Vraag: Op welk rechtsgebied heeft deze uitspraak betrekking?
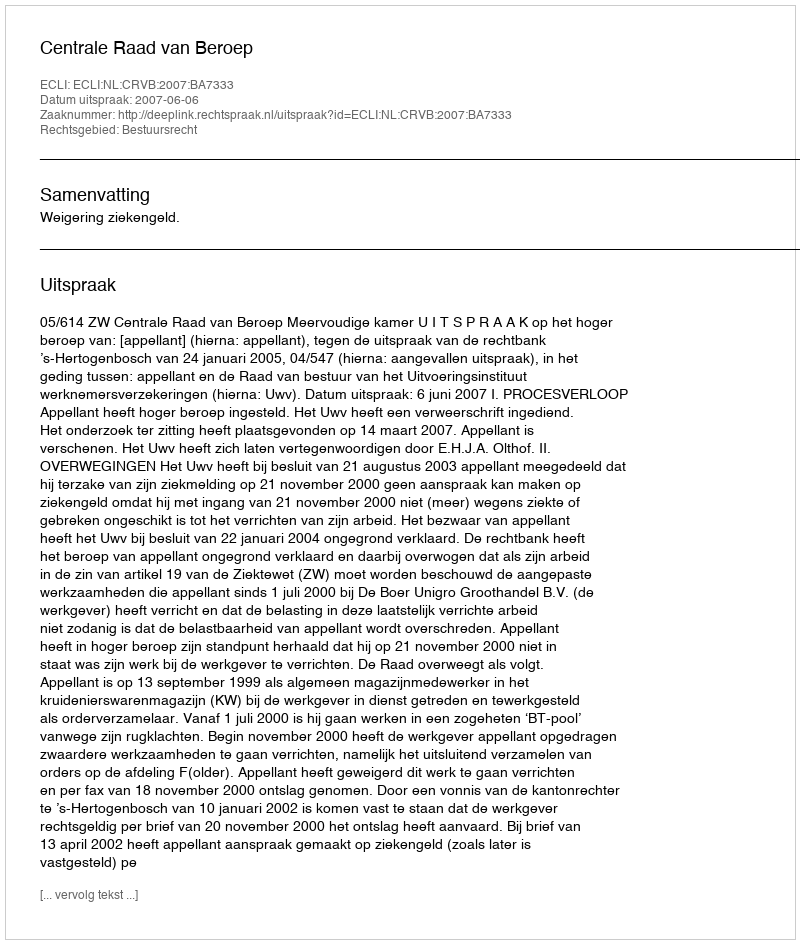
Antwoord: Bestuursrecht